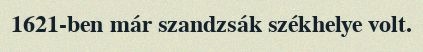
1621-ben már szandzsák székhelye volt.